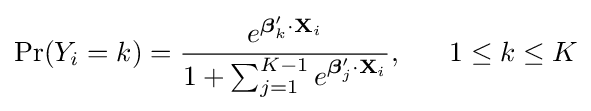
\Pr(Y_{i}=k)={\frac {e^{{\boldsymbol {\beta }}'_{k}\cdot \mathbf {X} _{i}}}{1+\sum _{j=1}^{K-1}e^{{\boldsymbol {\beta }}'_{j}\cdot \mathbf {X} _{i}}}},\;\;\;\;\;\;1\leq k\leq K